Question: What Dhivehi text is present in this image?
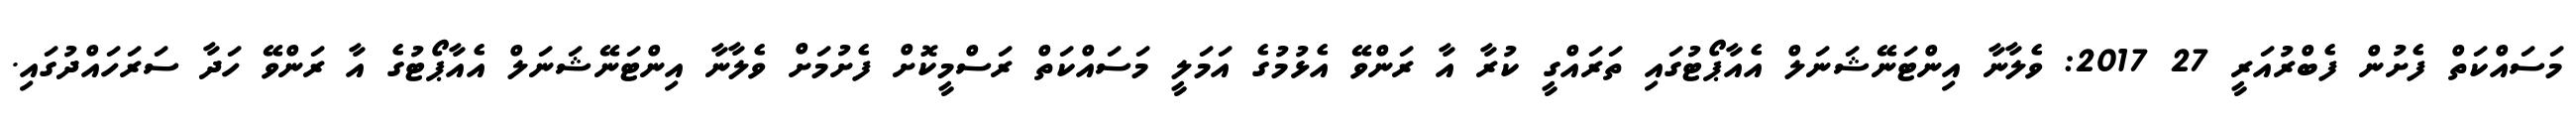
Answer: މަސައްކަތް ފެށުން ފެބްރުއަރީ 27 2017: ވެލާނާ އިންޓަނޭޝަނަލް އެއާޕޯޓުގައި ތަރައްގީ ކުރާ އާ ރަންވޭ އެޅުމުގެ އަމަލީ މަސައްކަތް ރަސްމީކޮށް ފެށުމަށް ވެލާނާ އިންޓަނޭޝަނަލް އެއާޕޯޓުގެ އާ ރަންވޭ ހަދާ ސަރަހައްދުގައި.